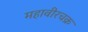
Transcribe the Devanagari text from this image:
महावीरचक्र